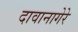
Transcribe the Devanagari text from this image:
दावानागेरे